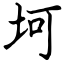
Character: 坷